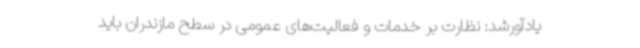
یادآورشد: نظارت بر خدمات و فعالیت‌های عمومی در سطح مازندران باید